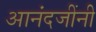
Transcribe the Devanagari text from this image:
आनंदजींनी